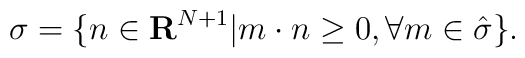
\sigma =\{n \in {\bf R}^{N+1} | m \cdot n \geq 0, \forall m \in \hat \sigma\}.